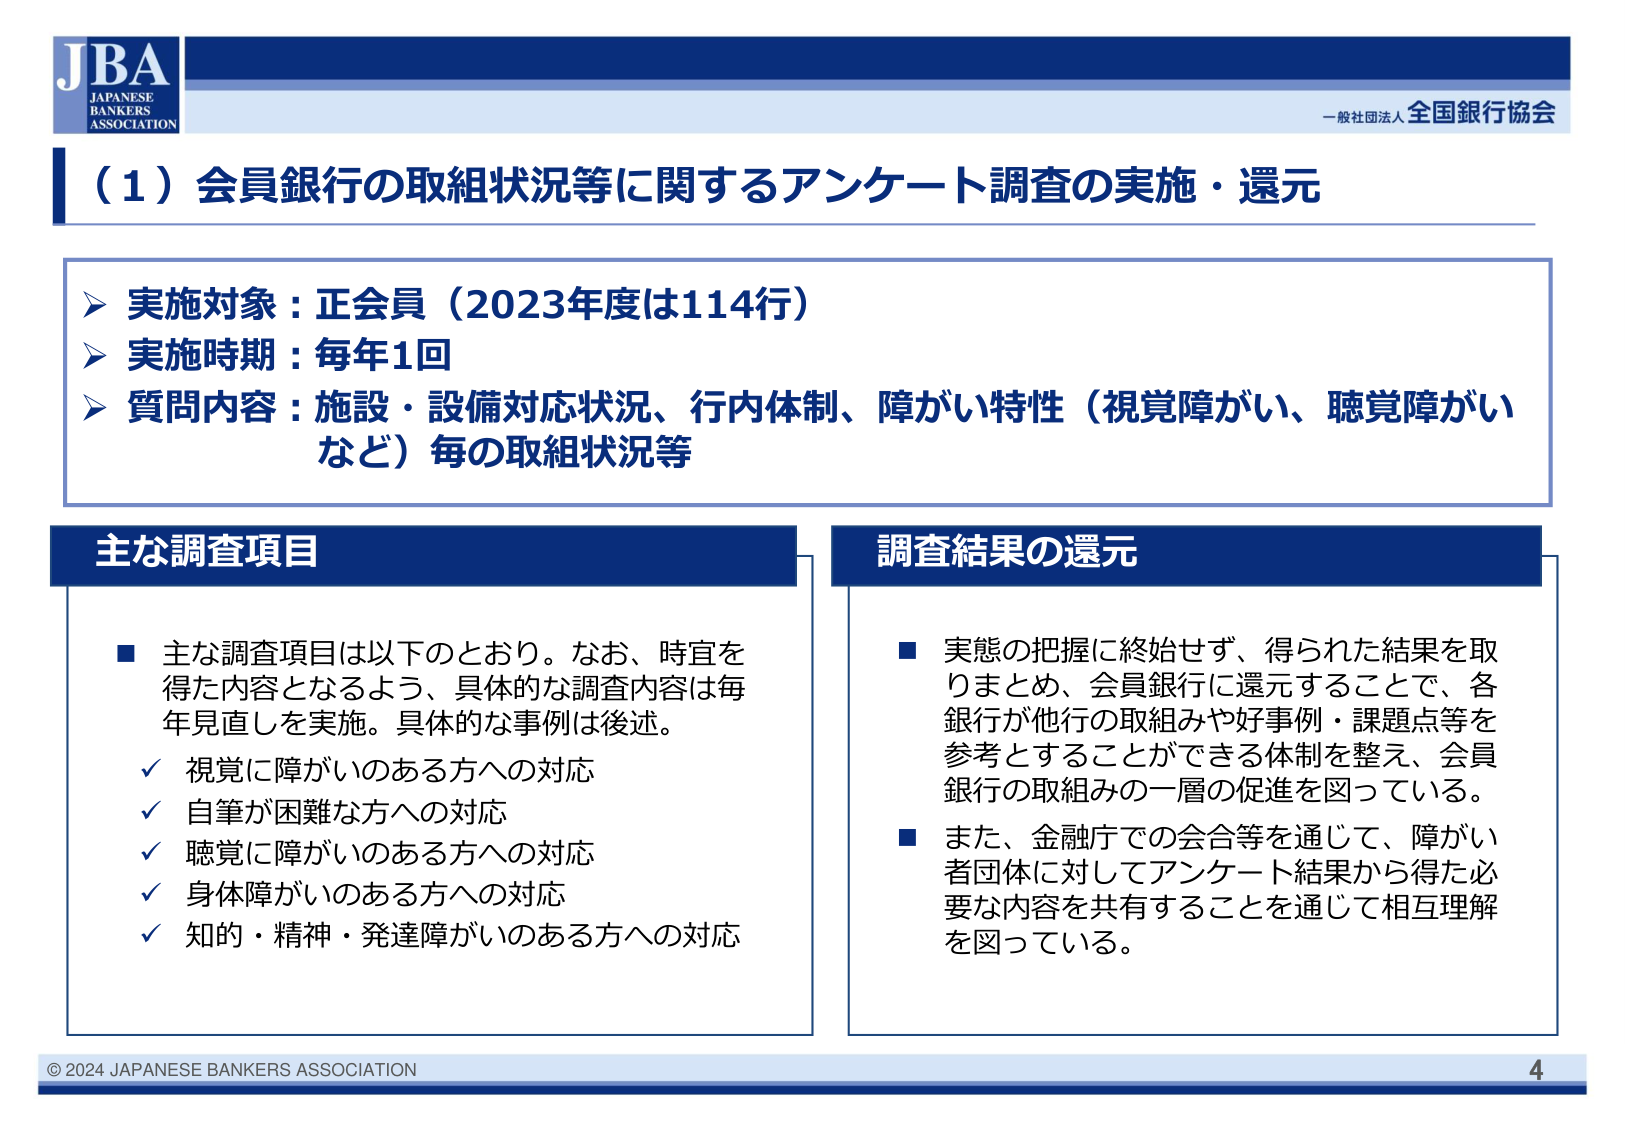
JBA
JAPANESE
BANKERS
ASSOCIATION

一般社団法人 全国銀行協会

（1）会員銀行の取組状況等に関するアンケート調査の実施・還元

▶ 実施対象：正会員（2023年度は114行）
▶ 実施時期：毎年1回
▶ 質問内容：施設・設備対応状況、行内体制、障がい特性（視覚障がい、聴覚障がいなど）毎の取組状況等

主な調査項目
■ 主な調査項目は以下のとおり。なお、時宜を得た内容となるよう、具体的な調査内容は毎年見直しを実施。具体的な事例は後述。
✓ 視覚に障がいのある方への対応
✓ 自筆が困難な方への対応
✓ 聴覚に障がいのある方への対応
✓ 身体障がいのある方への対応
✓ 知的・精神・発達障がいのある方への対応

調査結果の還元
■ 実態の把握に終始せず、得られた結果を取りまとめ、会員銀行に還元することで、各銀行が他行の取組みや好事例・課題点等を参考とすることができる体制を整え、会員銀行の取組みの一層の促進を図っている。
■ また、金融庁での会合等を通じて、障がい者団体に対してアンケート結果から得た必要な内容を共有することを通じて相互理解を図っている。

© 2024 JAPANESE BANKERS ASSOCIATION
4